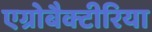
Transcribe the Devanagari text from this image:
एग्रोबैक्टीरिया